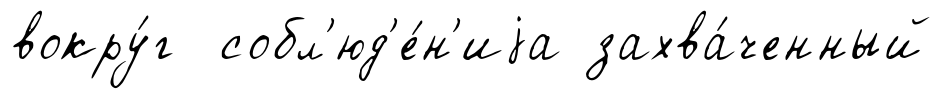
вокру́г собл'юд'е́н'иjа захва́ченный